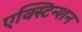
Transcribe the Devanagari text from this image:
एक्स्टिन्शन